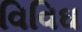
વિવિઘ